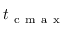
t _ { \mathrm { ~ c ~ m ~ a ~ x ~ } }